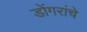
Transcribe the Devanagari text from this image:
डोंगरांचे